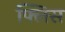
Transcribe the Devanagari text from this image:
फ्लिस